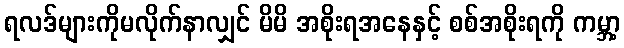
ရလဒ်များကိုမလိုက်နာလျှင် မိမိ အစိုးရအနေနှင့် စစ်အစိုးရကို ကမ္ဘာ့